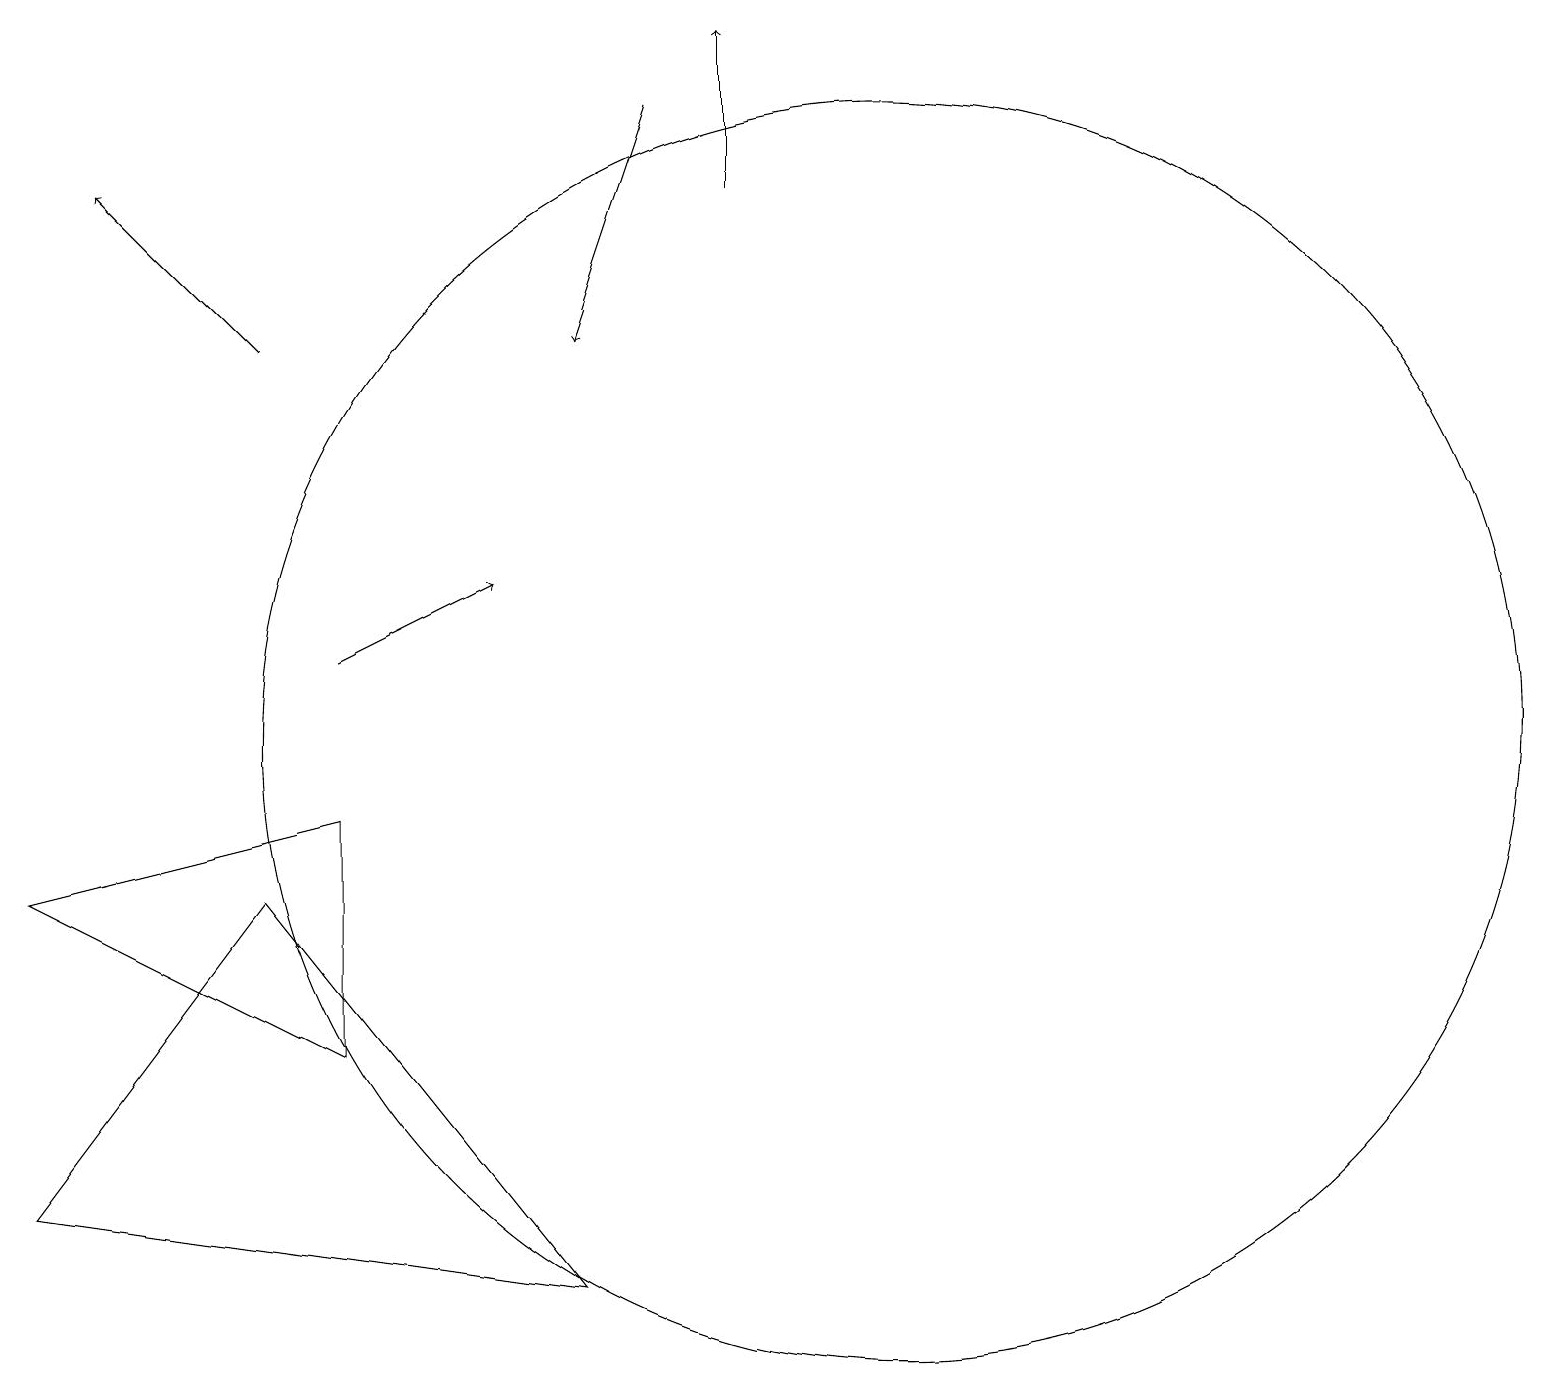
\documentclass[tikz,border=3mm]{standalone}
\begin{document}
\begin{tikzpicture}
\draw (4,9) -- (4,6) -- (0,8) -- cycle;
\draw[->] (8,18) -- (7,15);
\draw[->] (3,15) -- (1,17);
\draw[->] (9,17) -- (9,19);
\draw[->] (4,11) -- (6,12);
\draw (0,4) -- (7,3) -- (3,8) -- cycle;
\draw (11,10) circle (8);
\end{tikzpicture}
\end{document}